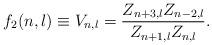
LaTeX: \begin{align*}f_{2}(n,l)\equiv V_{n,l}=\frac{Z_{n+3,l}Z_{n-2,l}}{Z_{n+1,l}Z_{n,l}}.\end{align*}